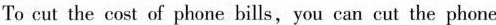
To cut the cost of phone bills, you can cut the phone